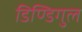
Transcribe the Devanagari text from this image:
डिण्डिगुल